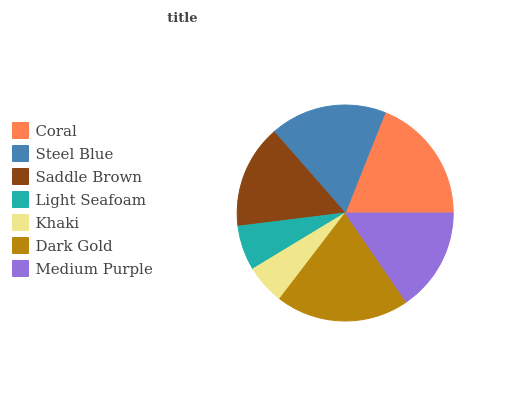
| Coral | Steel Blue | Saddle Brown | Light Seafoam | Khaki | Dark Gold | Medium Purple |
 | --- | --- | --- | --- | --- | --- | --- |
 | 18.9% | 17.5% | 15.5% | 6.72% | 5.96% | 19.9% | 15.4% |